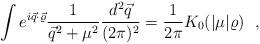
LaTeX: \begin{align*}\int e^{i\vec q\cdot\vec \varrho} \frac{1}{\vec q^2 + \mu ^2} \frac{d^2 \vec q}{(2\pi)^2} =\frac{1}{2\pi} K_0(|\mu|\varrho)~~,\end{align*}